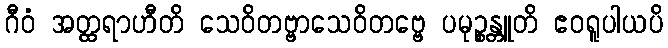
ဂီဝံ အတ္ထရာဟီတိ သေဝိတဗ္ဗာသေဝိတဗ္ဗေ ပမုဉ္စန္တူတိ ဧဝရူပါယပိ